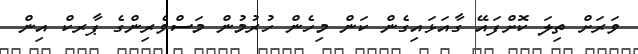
ވަރަށް ތިލަ ކޮށްފައޭ ގާއަޅައިގެން ކަން މިހެން ހުރުމުން މަސްވެރިންގެ ޕާރކް އިން